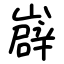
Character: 㠔